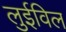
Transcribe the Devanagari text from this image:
लुईविल